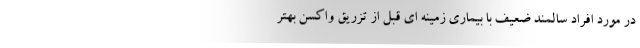
در مورد افراد سالمند ضعیف با بیماری زمینه ای قبل از تزریق واکسن بهتر